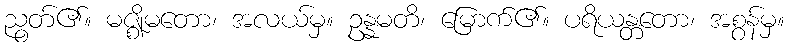
ညွတ်၏။ မဇ္ဈိမတော၊ အလယ်မှ။ ဥန္နမတိ၊ မြောက်၏။ ပရိယန္တတော၊ အစွန်မှ။